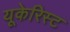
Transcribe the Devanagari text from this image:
यूकेरिस्ट